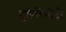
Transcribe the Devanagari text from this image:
युकेरियोटी